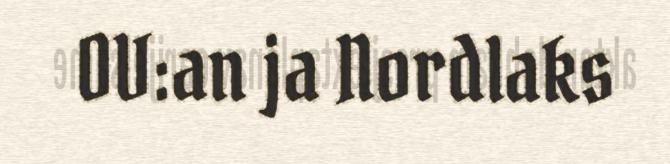
OV:an ja Nordlaks